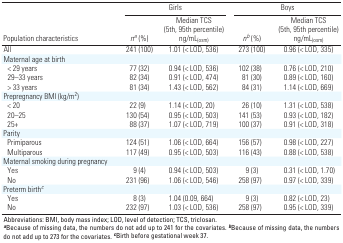
<table><thead><tr><td rowspan="2"><b>Population characteristics</b></td><td colspan="2"><b>Girls</b></td><td colspan="2"><b>Boys</b></td></tr><tr><td><b><i>n</i><sup><i>a</i></sup> (%)</b></td><td><b>Median TCS (5th, 95th percentile) ng/mL<sub>(osm)</sub></b></td><td><b><i>n</i><sup><i>b</i></sup> (%)</b></td><td><b>Median TCS (5th, 95th percentile) ng/mL<sub>(osm)</sub></b></td></tr></thead><tbody><tr><td><b>All</b></td><td>241 (100)</td><td>1.01 (&lt; LOD, 536)</td><td>273 (100)</td><td>0.96 (&lt; LOD, 335)</td></tr><tr><td><b>Maternal age at birth</b></td></tr><tr><td><b>&lt; 29 years</b></td><td>77 (32)</td><td>0.94 (&lt; LOD, 536)</td><td>102 (38)</td><td>0.76 (&lt; LOD, 210)</td></tr><tr><td><b>29–33 years</b></td><td>82 (34)</td><td>0.91 (&lt; LOD, 474)</td><td>81 (30)</td><td>0.89 (&lt; LOD, 160)</td></tr><tr><td><b>&gt; 33 years</b></td><td>81 (34)</td><td>1.43 (&lt; LOD, 562)</td><td>84 (31)</td><td>1.14 (&lt; LOD, 669)</td></tr><tr><td><b>Prepregnancy BMI (kg/m<sup>2</sup>)</b></td></tr><tr><td><b>&lt; 20 </b></td><td>22 (9)</td><td>1.14 (&lt; LOD, 20)</td><td>26 (10)</td><td>1.31 (&lt; LOD, 538)</td></tr><tr><td><b>20–25</b></td><td>130 (54)</td><td>0.95 (&lt; LOD, 503)</td><td>141 (53)</td><td>0.93 (&lt; LOD, 182)</td></tr><tr><td><b>25+</b></td><td>88 (37)</td><td>1.07 (&lt; LOD, 719)</td><td>100 (37)</td><td>0.91 (&lt; LOD, 318)</td></tr><tr><td><b>Parity</b></td></tr><tr><td><b>Primiparous</b></td><td>124 (51)</td><td>1.06 (&lt; LOD, 664)</td><td>156 (57)</td><td>0.98 (&lt; LOD, 227)</td></tr><tr><td><b>Multiparous</b></td><td>117 (49)</td><td>0.95 (&lt; LOD, 503)</td><td>116 (43)</td><td>0.88 (&lt; LOD, 538)</td></tr><tr><td><b>Maternal smoking during pregnancy</b></td></tr><tr><td><b>Yes </b></td><td>9 (4)</td><td>0.94 (&lt; LOD, 503)</td><td>9 (3)</td><td>0.31 (&lt; LOD, 1.70)</td></tr><tr><td><b>No</b></td><td>231 (96)</td><td>1.06 (&lt; LOD, 546)</td><td>258 (97)</td><td>0.97 (&lt; LOD, 339)</td></tr><tr><td><b>Preterm birth<sup><i>c</i></sup></b></td></tr><tr><td><b>Yes </b></td><td>8 (3)</td><td>1.04 (0.09, 664)</td><td>9 (3)</td><td>0.82 (&lt; LOD, 23)</td></tr><tr><td><b>No</b></td><td>232 (97)</td><td>1.03 (&lt; LOD, 536)</td><td>258 (97) </td><td>0.95 (&lt; LOD, 339)</td></tr><tr><td colspan="5">Abbreviations: BMI, body mass index; LOD, level of detection; TCS, triclosan. <sup><i><b>a</b></i></sup>Because of missing data, the numbers do not add up to 241 for the covariates. <sup><i><b>b</b></i></sup>Because of missing data, the numbers do not add up to 273 for the covariates. <sup><i><b>c</b></i></sup>Birth before gestational week 37.</td></tr></tbody></table>